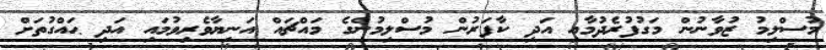
މުސްލިމު ޒުވާނުން މަގުފުރެދުމާއި އަދި ކާފަރުން މުސްލިމުންގެ މައްޗައް އަނިޔާވެރިވުމައި އަދި ޙައްގުތަށް